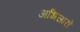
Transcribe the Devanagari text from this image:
अभिसारों